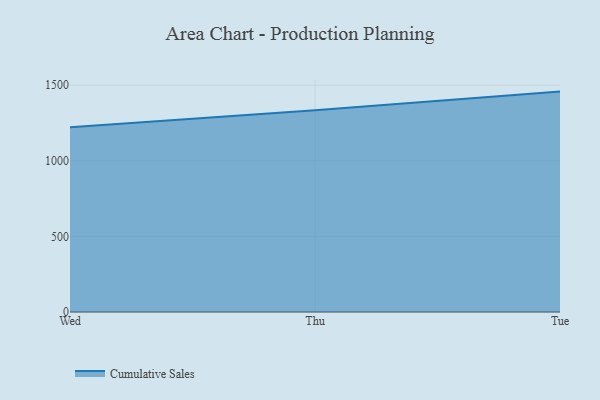
{"axis": {"x": "Day", "y": "Inventory Turnover"}, "legend": ["Cumulative Sales"], "data": [{"x": "Wed", "y": 1221.1, "type": "Cumulative Sales"}, {"x": "Thu", "y": 1333.7, "type": "Cumulative Sales"}, {"x": "Tue", "y": 1457.4, "type": "Cumulative Sales"}]}